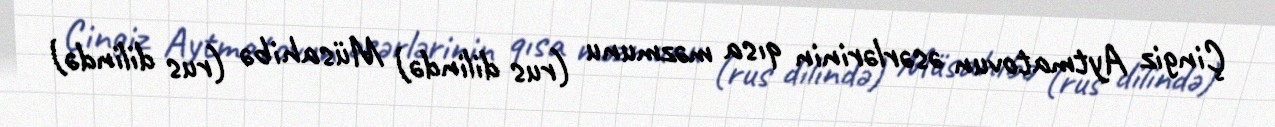
Çingiz Aytmatovun əsərlərinin qısa məzmunu (rus dilində) Müsahibə (rus dilində)